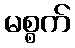
မစ္စက်